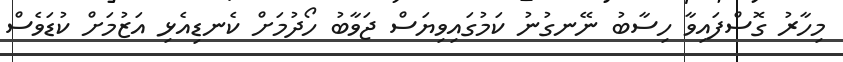
މިހާރު ގޮސްފައިވާ ހިސާބު ނޭނގުނު ކަމުގައިވިޔަސް ޖަވާބު ހޯދުމަށް ކެނޑިއެޅި އަޒުމަށް ކުޑަވެސް